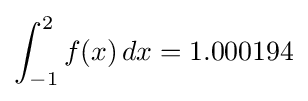
\int _{-1}^{2}f(x)\,dx=1.000194